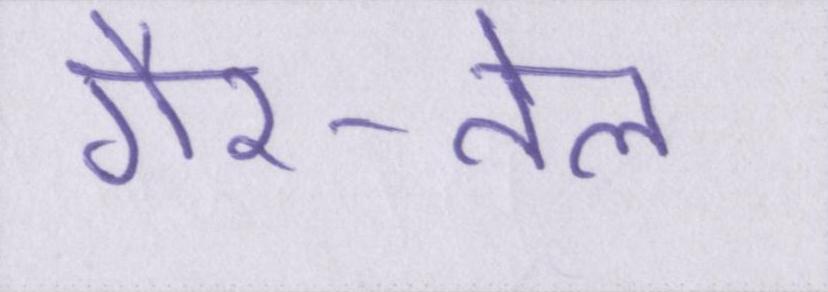
गैर-तेल